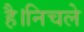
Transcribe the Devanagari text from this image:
है।निचले